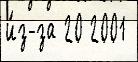
и́з-за 20 2001